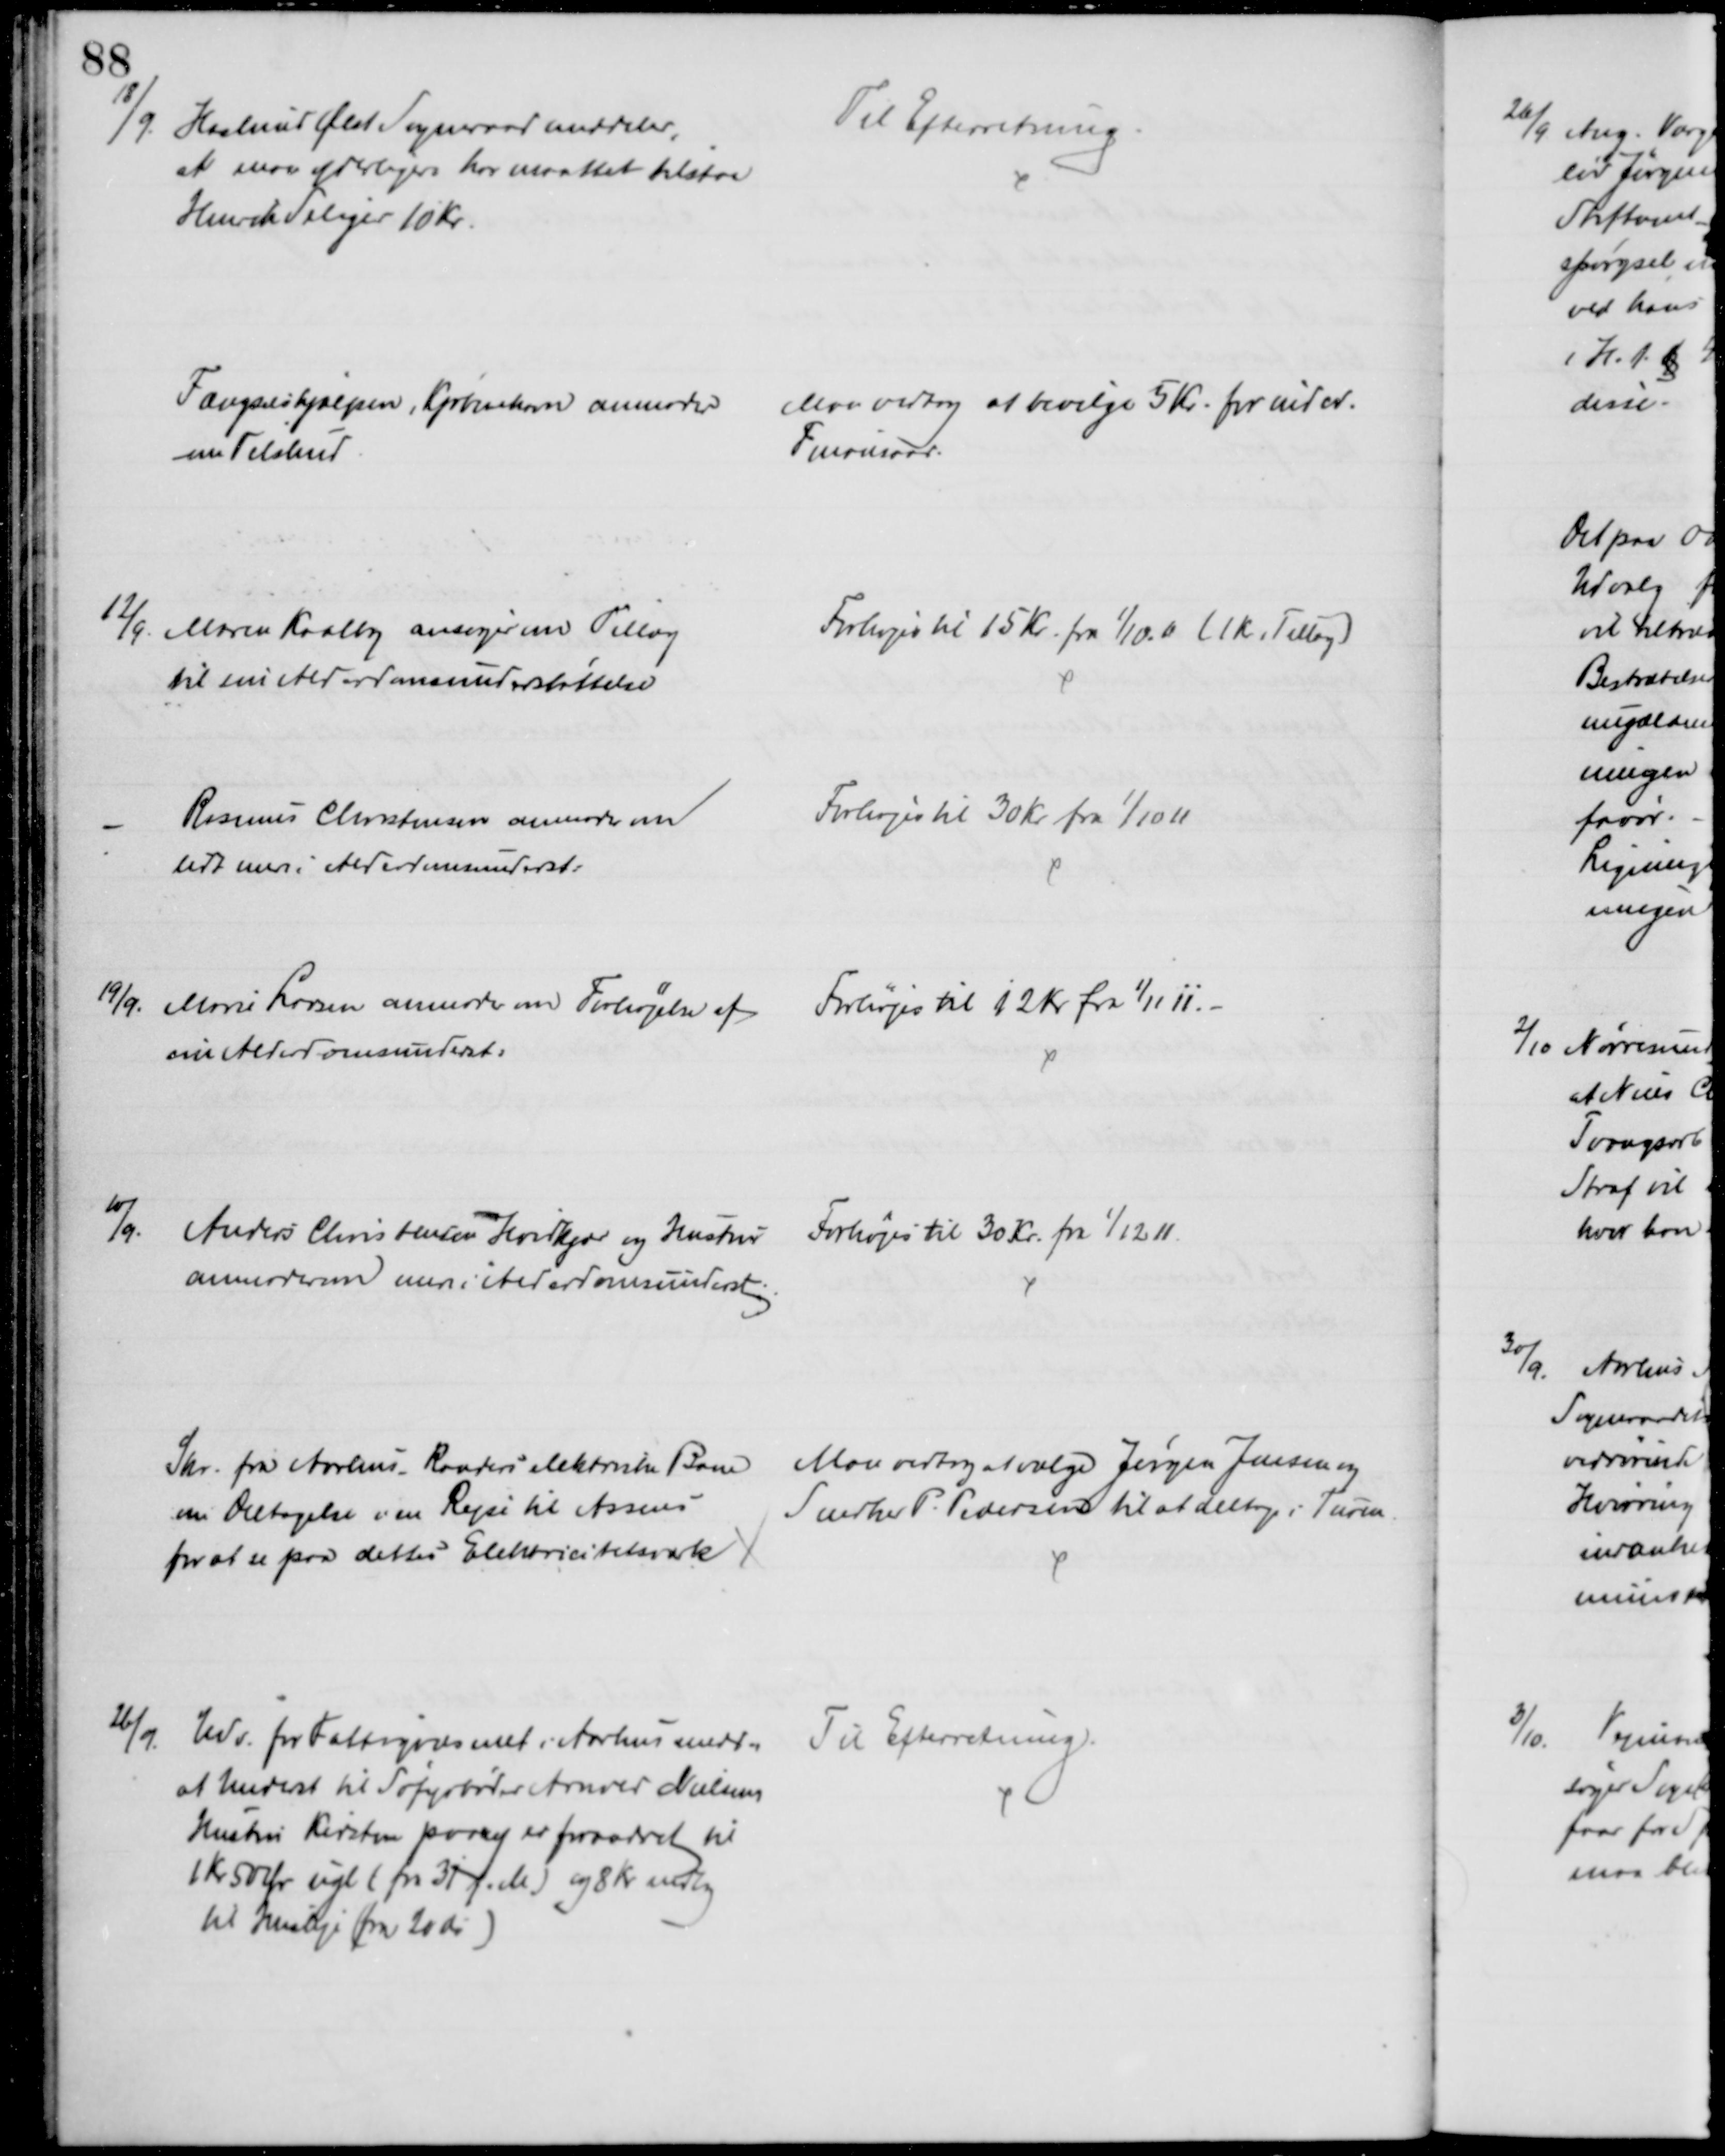
Transskription:
18/9. Haslund Ølst Sogneraad meddeler,
at man yderligere har maattet tilstaa
Henrik Seliger 10 Kr.
Til Efterretning
Fængselshjælpen, Kjøbenhavn anmoder
om Tilskud
Man vedtog at bevilge 5 Kr. for indev.
Finansaar.
12/9. Maren Kaalby ansøger om Tillæg
til sin Alderdomsunderstøttelse
Forhøjes til 15 Kr. fra 1/10. 11 (1 Kr. Tillæg)
Rasmus Christensen anmoder om
lidt mer i Alderdomsunderst.
Forhøjes til 30 Kr fra 1/10 11
19/9. Marie Larsen anmoder om Forhøjelse af
sin Alderdomsunderst.
Forhøjes til 12 Kr fra 1/11 11.
10/9.
Anders Christensen Hvidkjær og Hustru
anmoder om mere i Alderdomsunderst
Forhøjes til 30 Kr. fra 1/12 11.
Skr. fra Aarhus-Randers elektriske Bane
om Deltagelse i en Rejse til Assens
for at se paa dettes Elektricitetsværk
Man vedtog at vælge Jørgen Jensen og
Snedker P. Pedersen til at deltage i Turen.
26/9
Udv. for Fattigvæsenet i Aarhus medd.,
at Underst til Søfyrbøder Arnold Nielsens
Hustru Kirsten paany er forandret til
1 Kr 50 Ør ugl (fra 31 f. M.) og 8 Kr mdlig
til Husleje (fra 20 ds)
Til Efterretning